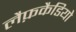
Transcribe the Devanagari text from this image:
लैफ़कैडियो